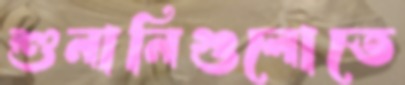
শুনানিগুলোতে